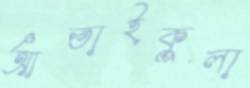
আতাইকুলা